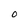
Character: 0